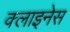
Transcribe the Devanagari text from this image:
क्लाइनेस